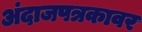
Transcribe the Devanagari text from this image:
अंदाजपत्रकावर